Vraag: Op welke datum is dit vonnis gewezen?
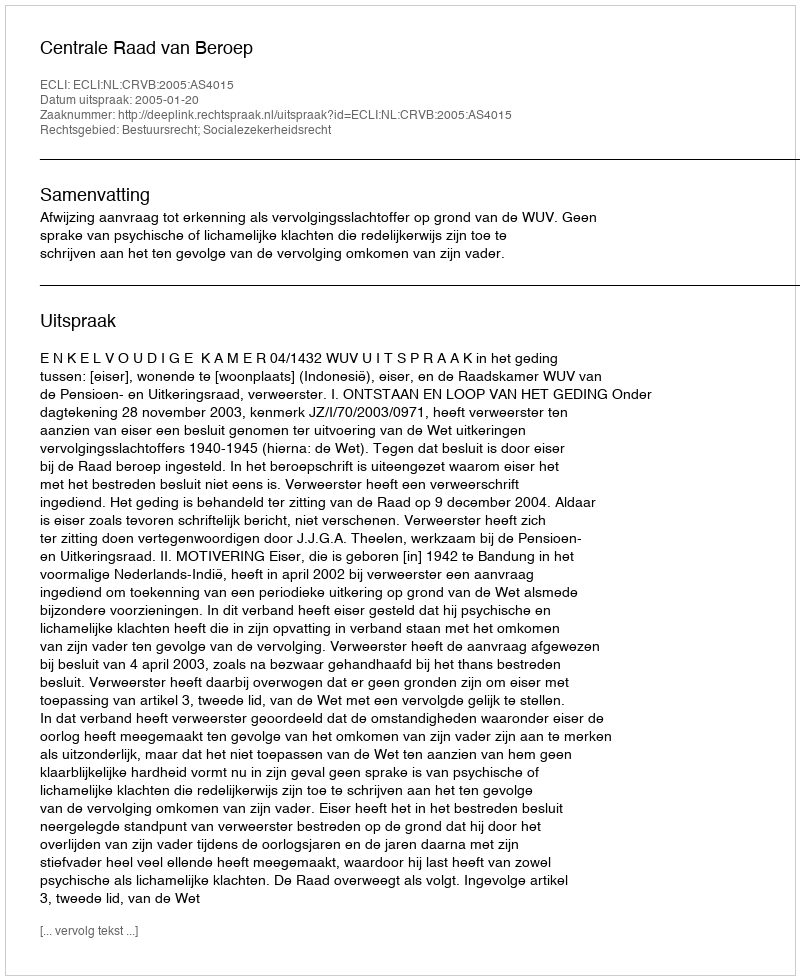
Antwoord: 2005-01-20